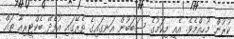
ކުރުން މުހިއްމެވެ. އެއީ މިކަމުގެ ސަބަބުން އަނގައިގެ ތެރޭގައި އުފެދޭ ބެކްޓީރިއާ ތައް